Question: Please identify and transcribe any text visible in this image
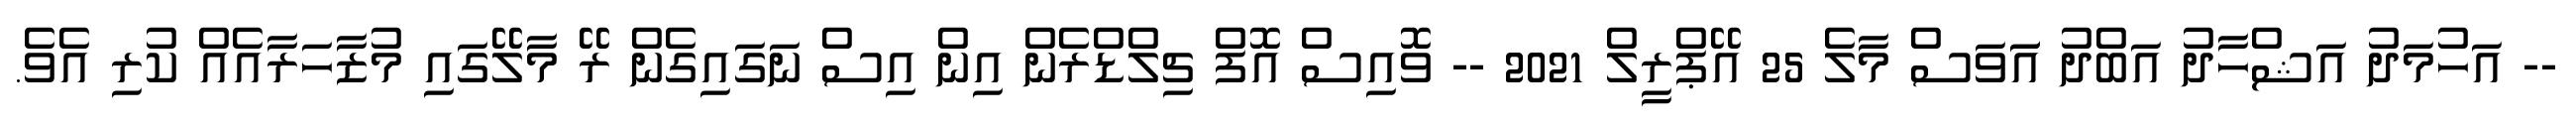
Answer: -- އަހުމަދު އަޝްހާދު އަބްދު އަަވަސް މާލެ 25 އޭޕްރީލް 2021 -- ވޮއިސް އޮފް ޗިލްޑްރެން އިން އިސް ނަގައިގެން ރޭ މާލޭގައި މުޒާހަރާއެއް ކުރި އެވެ.